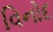
વિનોદ